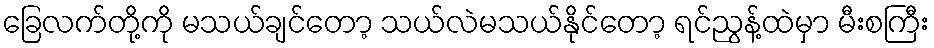
ခြေလက်တို့ကို မသယ်ချင်တော့ သယ်လဲမသယ်နိုင်တော့ ရင်ညွန့်ထဲမှာ မီးစကြီး